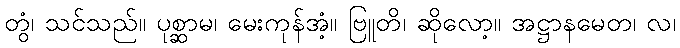
တွံ၊ သင်သည်။ ပုစ္ဆာမ၊ မေးကုန်အံ့။ ဗြူတိ၊ ဆိုလော့။ အဋ္ဌာနမေတ၊ လ၊